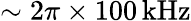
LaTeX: \sim 2\pi\times 100\, \mathrm{kHz}